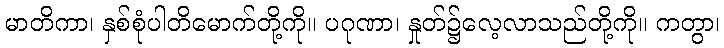
မာတိကာ၊ နှစ်စုံပါတိမောက်တို့ကို။ ပဂုဏာ၊ နှုတ်၌လေ့လာသည်တို့ကို။ ကတွာ၊